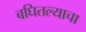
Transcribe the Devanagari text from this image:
बघितल्याचा